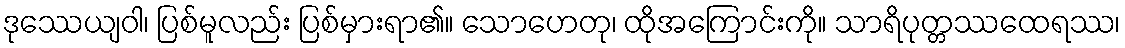
ဒုဿေယျဝါ၊ ပြစ်မူလည်း ပြစ်မှားရာ၏။ သောဟေတု၊ ထိုအကြောင်းကို။ သာရိပုတ္တဿထေရဿ၊